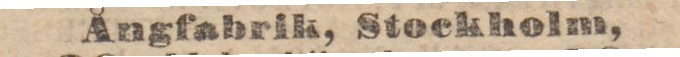
Ångfabrik, Stockholm,